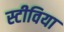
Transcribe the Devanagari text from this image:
स्टीविया